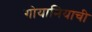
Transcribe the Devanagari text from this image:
गोयानियाची